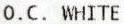
O.C. WHITE